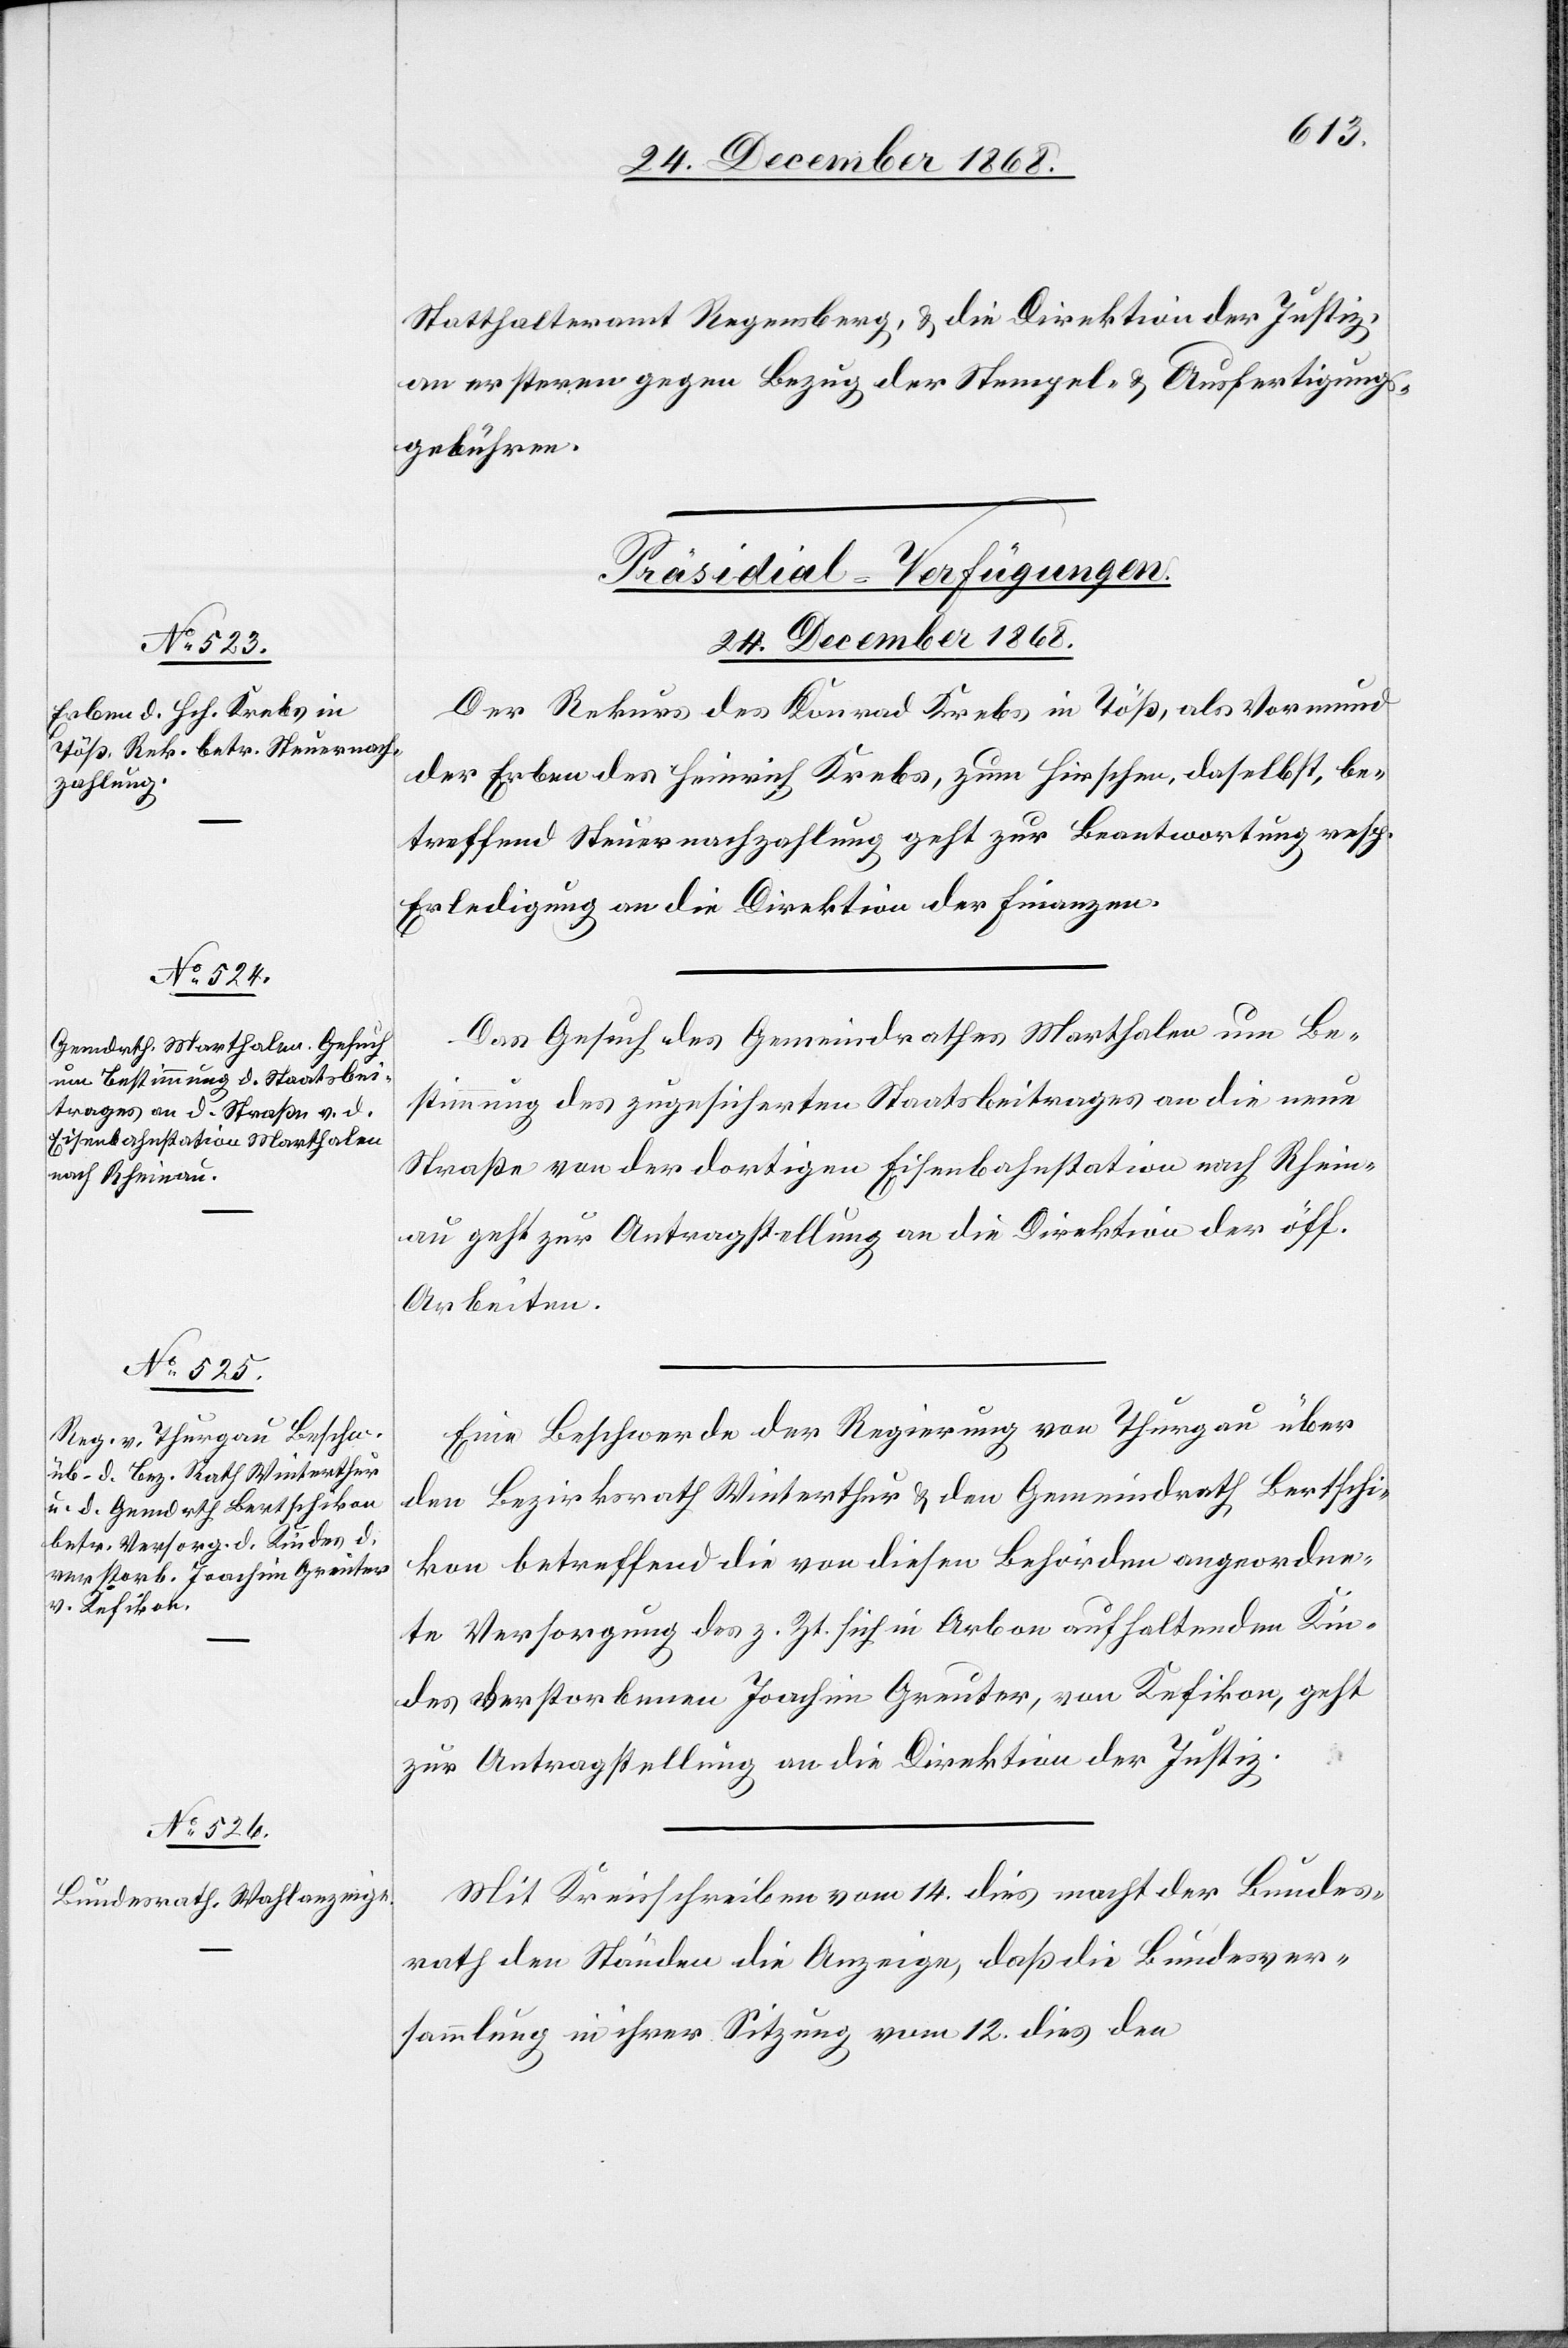
des

Statthalteramt Regensberg, & die Direktion der Justiz,
an ersteren gegen Bezug der Stempel- & Ausfertigungs¬
gebühren.
[Präsidial-Verfügungen.
24. December 1868.]
Der Rekurs des Konrad Krebs in Töß, als Vormund
der Erben des Heinrich Krebs, zum Hirschen, daselbst, be¬
treffend Steuernachzahlung geht zur Beantwortung resp.
Erledigung an die Direktion der Finanzen.
Das Gesuch des Gemeindrathes Marthalen um Be¬
stimmung des zugesicherten Staatsbeitrages an die neue
Straße von der dortigen Eisenbahnstation nach Rhein¬
au geht zur Antragstellung an die Direktion der öff.
Arbeiten.
Eine Beschwerde der Regierung von Thurgau über
den Bezirksrath Winterthur & den Gemeindrath Bertschi¬
kon betreffend die von diesen Behörden angeordne¬
te Versorgung des z. Zt. sich in Arbon aufhaltenden Kin¬
[des] verstorbenen Joachim Greuter, von Kefikon, geht
zur Antragstellung an die Direktion der Justiz.
Mit Kreisschreiben vom 14. dies macht der Bundes¬
rath den Ständen die Anzeige, daß die Bundesver¬
sammlung in ihrer Sitzung vom 12. dies den